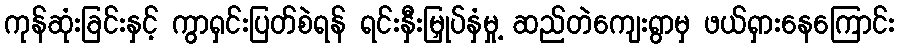
ကုန်ဆုံးခြင်းနှင့် ကွာရှင်းပြတ်စဲရန် ရင်းနှီးမြှုပ်နှံမှု့ ဆည်တဲကျေးရွာမှ ဖယ်ရှားနေကြောင်း